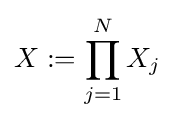
X:=\prod _{j=1}^{N}X_{j}